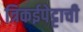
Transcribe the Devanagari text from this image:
त्रिकईपेट्टाची